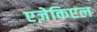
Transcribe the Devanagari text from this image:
एज़ेकिएल